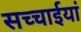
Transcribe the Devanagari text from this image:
सच्चाईयां